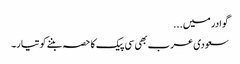
گوادر میں...
سعودی عرب بھی سی پیک کا حصہ بننے کو تیار۔